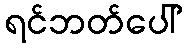
ရင်ဘတ်ပေါ်